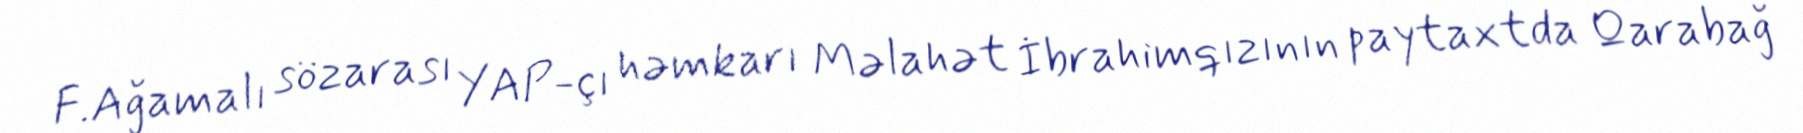
F.Ağamalı sözarası YAP-çı həmkarı Məlahət İbrahimqızının paytaxtda Qarabağ